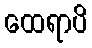
ထေရာပိ